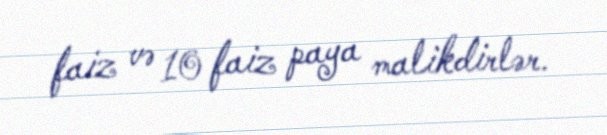
faiz və 10 faiz paya malikdirlər.